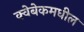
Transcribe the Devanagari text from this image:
क्वेबेकमधील